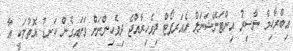
އިބްރާހިމް ނާސިރު އިންޓަނޭޝަނަލް އެއަރޕޯޓް ދިވެހިރާއްޖެ ދިވެހިންނަށް ވަށައިގެން ކަނޑު އޮތުމަކީ އާ